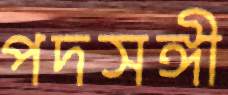
পদসঙ্গী